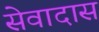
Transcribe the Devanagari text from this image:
सेवादास